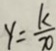
y = \frac { k } { x }